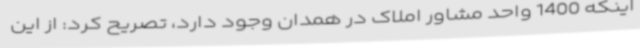
اینکه 1400 واحد مشاور املاک در همدان وجود دارد، تصریح کرد: از این